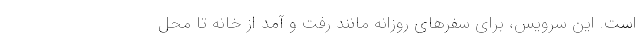
است. این سرویس، برای سفرهای روزانه مانند رفت و آمد از خانه تا محل